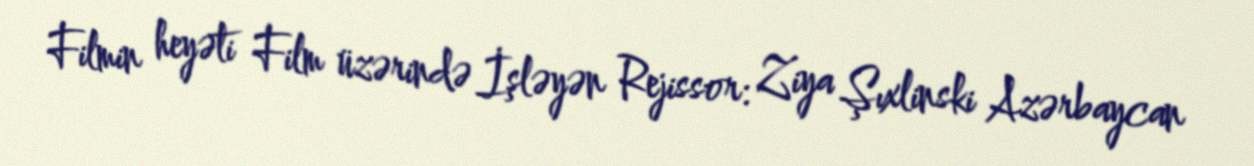
Filmin heyəti Film üzərində İşləyən Rejissor: Ziya Şıxlinski Azərbaycan